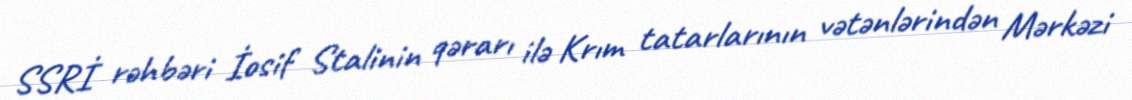
SSRİ rəhbəri İosif Stalinin qərarı ilə Krım tatarlarının vətənlərindən Mərkəzi